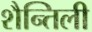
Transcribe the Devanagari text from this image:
शैन्तिली